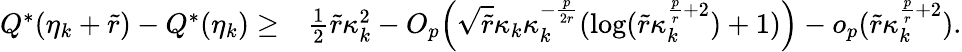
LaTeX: \begin{array}{rl}{Q^{*}(\eta_{k}+\widetilde{r})-Q^{*}(\eta_{k})\ge}&{\frac{1}{2}\widetilde{r}\kappa_{k}^{2}-O_{p}\Big(\sqrt{\widetilde{r}}\kappa_{k}\kappa_{k}^{-\frac{p}{2r}}(\log(\widetilde{r}\kappa_{k}^{\frac{p}{r}+2})+1)\Big)-o_{p}(\widetilde{r}\kappa_{k}^{\frac{p}{r}+2}).}\end{array}